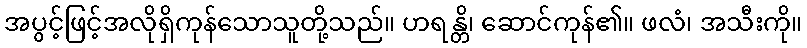
အပွင့်ဖြင့်အလိုရှိကုန်သောသူတို့သည်။ ဟရန္တိ၊ ဆောင်ကုန်၏။ ဖလံ၊ အသီးကို။